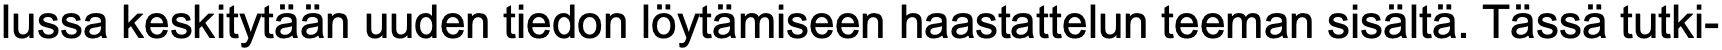
lussa keskitytään uuden tiedon löytämiseen haastattelun teeman sisältä. Tässä tutki-